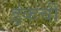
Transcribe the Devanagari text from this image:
इंकची